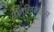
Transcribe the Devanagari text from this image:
उतिलितारिंस